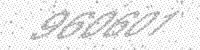
Solution: 960601